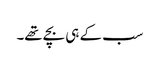
سب کے ہی بچے تھے۔